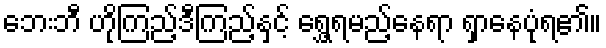
ဘေးဘီ ဟိုကြည့်ဒီကြည့်နှင့် ရွှေ့ရမည့်နေရာ ရှာနေပုံရ၏။